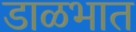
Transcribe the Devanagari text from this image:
डाळभात